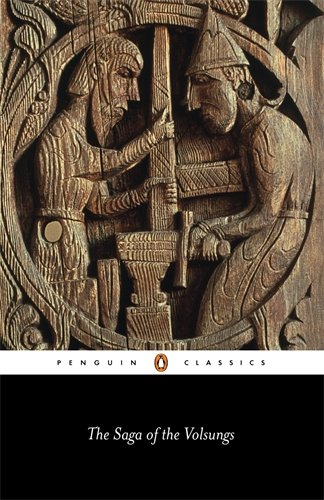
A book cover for The Saga of the Volsungs (Penguin Classics); Jesse L. Byock; Science Fiction & Fantasy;